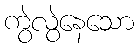
ကွဲလွဲနေသော